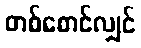
တစ်စောင်လျှင်